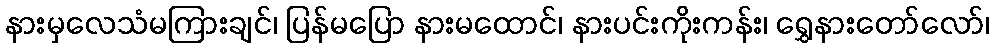
နားမှလေသံမကြားချင်၊ ပြန်မပြော နားမထောင်၊ နားပင်းကိုးကန်း၊ ရွှေနားတော်လော်၊